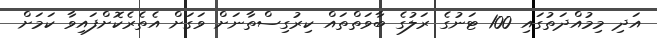
އަދި މިމުއްދަތުގައި 100 ޓަނުގެ ރަލުގެ ބާވަތްތައް ކިރުގިސްތާނަށް ވަގަށް އެތެރެކޮށްފައިވާ ކަމަށް